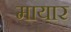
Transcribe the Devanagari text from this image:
मायार